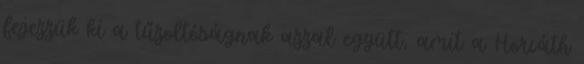
fejezzük ki a tűzoltóságnak azzal együtt, amit a Horváth